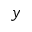
y